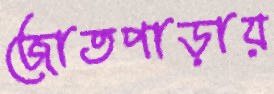
জোতপাড়ায়